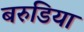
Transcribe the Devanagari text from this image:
बरुडिया